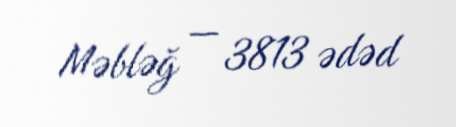
Məbləğ — 3813 ədəd